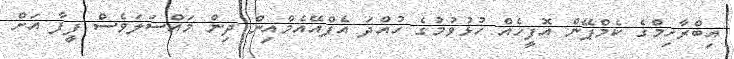
އިބްރާހިމްގެ ކެމްޕޭން އޮފީހެއް ހުޅުވުމުގެ ހުއްދަ އެފްއޭއެމްއިން ދިން މައްސަލަވެސް ފީފާ އަށް